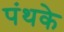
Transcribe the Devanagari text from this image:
पंथके